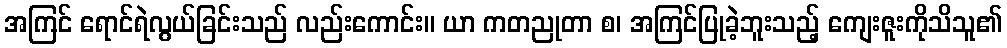
အကြင် ရောင်ရဲလွယ်ခြင်းသည် လည်းကောင်း။ ယာ ကတညုတာ စ၊ အကြင်ပြုခဲ့ဘူးသည့် ကျေးဇူးကိုသိသူ၏